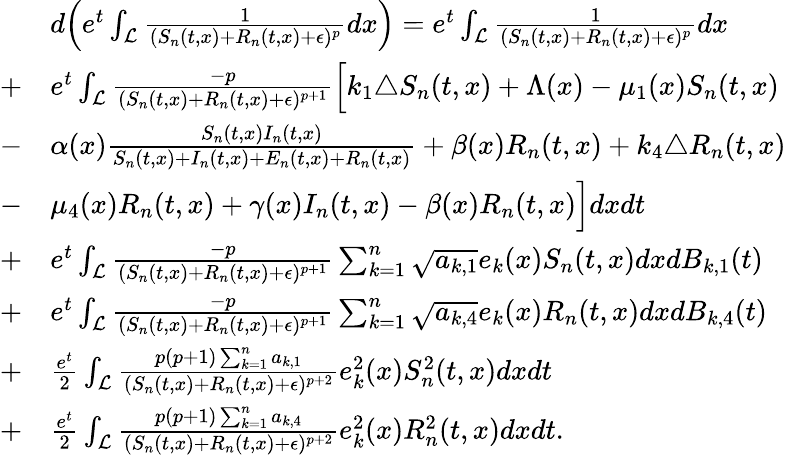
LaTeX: \begin{array}{rl}&{d\Bigl(e^{t}\int_{\mathcal{L}}\frac{1}{(S_{n}(t,x)+R_{n}(t,x)+\epsilon)^{p}}dx\Bigr)=e^{t}\int_{\mathcal{L}}\frac{1}{(S_{n}(t,x)+R_{n}(t,x)+\epsilon)^{p}}dx}\\ {+}&{e^{t}\int_{\mathcal{L}}\frac{-p}{(S_{n}(t,x)+R_{n}(t,x)+\epsilon)^{p+1}}\Bigl[k_{1}\triangle S_{n}(t,x)+\Lambda(x)-\mu_{1}(x)S_{n}(t,x)}\\ {-}&{\alpha(x)\frac{S_{n}(t,x)I_{n}(t,x)}{S_{n}(t,x)+I_{n}(t,x)+E_{n}(t,x)+R_{n}(t,x)}+\beta(x)R_{n}(t,x)+k_{4}\triangle R_{n}(t,x)}\\ {-}&{\mu_{4}(x)R_{n}(t,x)+\gamma(x)I_{n}(t,x)-\beta(x)R_{n}(t,x)\Bigr]dxdt}\\ {+}&{e^{t}\int_{\mathcal{L}}\frac{-p}{(S_{n}(t,x)+R_{n}(t,x)+\epsilon)^{p+1}}\sum_{k=1}^{n}\sqrt{a_{k,1}}e_{k}(x)S_{n}(t,x)dxdB_{k,1}(t)}\\ {+}&{e^{t}\int_{\mathcal{L}}\frac{-p}{(S_{n}(t,x)+R_{n}(t,x)+\epsilon)^{p+1}}\sum_{k=1}^{n}\sqrt{a_{k,4}}e_{k}(x)R_{n}(t,x)dxdB_{k,4}(t)}\\ {+}&{\frac{e^{t}}{2}\int_{\mathcal{L}}\frac{p(p+1)\sum_{k=1}^{n}a_{k,1}}{(S_{n}(t,x)+R_{n}(t,x)+\epsilon)^{p+2}}e_{k}^{2}(x)S_{n}^{2}(t,x)dxdt}\\ {+}&{\frac{e^{t}}{2}\int_{\mathcal{L}}\frac{p(p+1)\sum_{k=1}^{n}a_{k,4}}{(S_{n}(t,x)+R_{n}(t,x)+\epsilon)^{p+2}}e_{k}^{2}(x)R_{n}^{2}(t,x)dxdt.}\end{array}